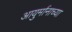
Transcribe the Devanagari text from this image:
आयुर्मानाच्या